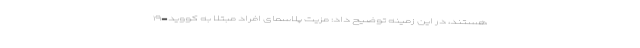
هستند، در این زمینه توضیح داد: مزیت پلاسمای افراد مبتلا به کووید-۱۹